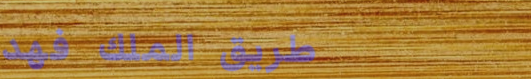
طريق الملك فهد